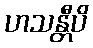
ဟသန္တီပိ